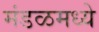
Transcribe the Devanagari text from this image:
मंडळमध्ये